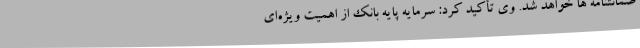
ضمانتنامه ها خواهد شد. وی تأکید کرد: سرمایه پایه بانک از اهمیت ویژه‌ای